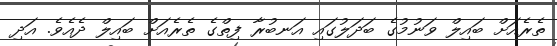
ތެރެއަށް ބައިލް ވަނުމުގެ ބަދަލުގައި އަނބުރާ ފިތްގެ ތެރެއަށް ބައިލް ދެއެވެ. އަދި